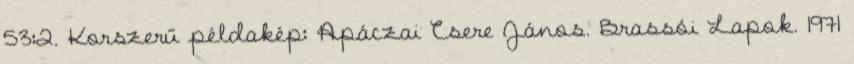
53:2. Korszerű példakép: Apáczai Csere János. Brassói Lapok. 1971